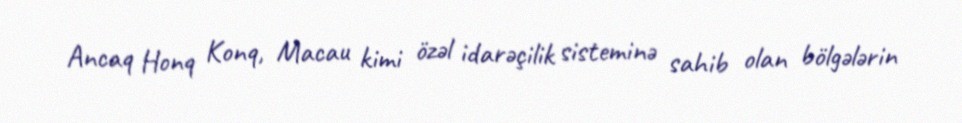
Ancaq Honq Konq, Macau kimi özəl idarəçilik sisteminə sahib olan bölgələrin